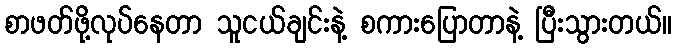
စာဖတ်ဖို့လုပ်နေတာ သူငယ်ချင်းနဲ့ စကားပြောတာနဲ့ ပြီးသွားတယ်။